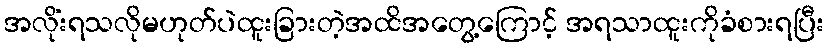
အလိုံးရသလိုမဟုတ်ပဲထူးခြားတဲ့အထိအတွေ့ကြောင့် အရသာထူးကိုခံစားရပြီး